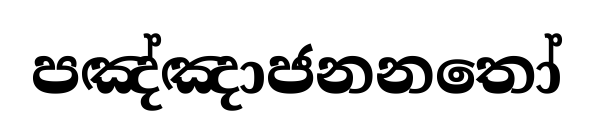
පඤ්ඤාජනනතෝ